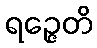
ရဉ္ဇေတိ